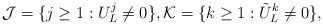
\begin{align*}\mathcal J = \{ j \geq 1 : U^j_L \neq 0 \}, \mathcal K = \{ k \geq 1: \tilde U^k_L \neq 0 \},\end{align*}